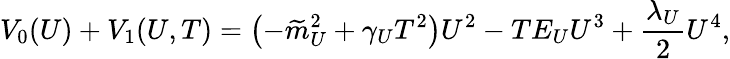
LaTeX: V_{0}(U)+V_{1}(U,T)=\left(-\widetilde{m}_{U}^{2}+\gamma_{U}T^{2}\right)U^{2}-TE_{U}U^{3}+\frac{\lambda_{U}}{2}U^{4},